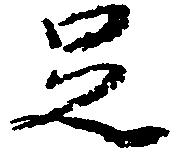
足